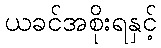
ယခင်အစိုးရနှင့်